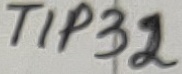
Text: TIP32